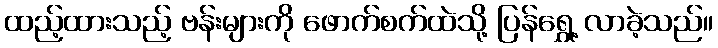
ထည့်ထားသည့် ဗန်းများကို ဖောက်စက်ထဲသို့ ပြန်ရွှေ့ လာခဲ့သည်။